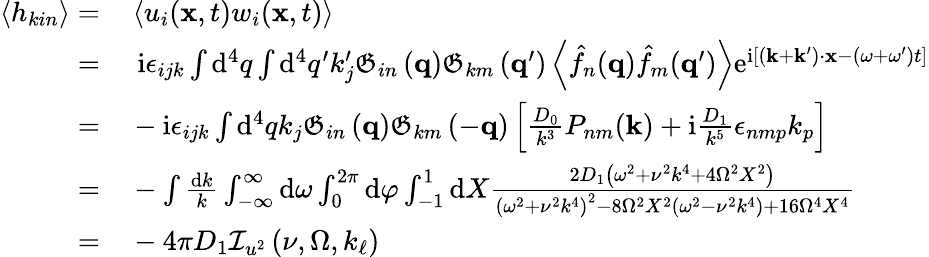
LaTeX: \begin{array}{rl}{\left\langle h_{kin}\right\rangle=}&{{}\left\langle u_{i}(\mathbf{x},t)w_{i}(\mathbf{x},t)\right\rangle}\\ {=}&{{}\, \, \mathrm{i}\epsilon_{ijk}\int\mathrm{d}^{4}q\int\mathrm{d}^{4}q^{\prime}k_{j}^{\prime}\mathfrak{G}_{in}\left(\mathbf{q}\right)\mathfrak{G}_{km}\left(\mathbf{q}^{\prime}\right)\left\langle\hat{f}_{n}(\mathbf{q})\hat{f}_{m}(\mathbf{q}^{\prime})\right\rangle\mathrm{e}^{\mathrm{i}\left[\left(\mathbf{k}+\mathbf{k}^{\prime}\right)\cdot\mathbf{x}-\left(\omega+\omega^{\prime}\right)t\right]}}\\ {=}&{{}-\mathrm{i}\epsilon_{ijk}\int\mathrm{d}^{4}qk_{j}\mathfrak{G}_{in}\left(\mathbf{q}\right)\mathfrak{G}_{km}\left(-\mathbf{q}\right)\left[\frac{D_{0}}{k^{3}}P_{nm}(\mathbf{k})+\mathrm{i}\frac{D_{1}}{k^{5}}\epsilon_{nmp}k_{p}\right]}\\ {=}&{{}-\int\frac{\mathrm{d}k}{k}\int_{-\infty}^{\infty}\mathrm{d}\omega\int_{0}^{2\pi}\mathrm{d}\varphi\int_{-1}^{1}\mathrm{d}X\frac{2D_{1}\left(\omega^{2}+\nu^{2}k^{4}+4\Omega^{2}X^{2}\right)}{\left(\omega^{2}+\nu^{2}k^{4}\right)^{2}-8\Omega^{2}X^{2}\left(\omega^{2}-\nu^{2}k^{4}\right)+16\Omega^{4}X^{4}}}\\ {=}&{{}-4\pi D_{1}\mathcal{I}_{u^{2}}\left(\nu,\Omega,k_{\ell}\right)}\end{array}